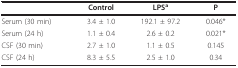
<table><thead><tr><td></td><td><b>Control</b></td><td><b>LPS<sup>a</sup></b></td><td><b>P</b></td></tr></thead><tbody><tr><td>Serum (30 min)</td><td>3.4 ± 1.0</td><td>192.1 ± 97.2</td><td>0.046*</td></tr><tr><td>Serum (24 h)</td><td>1.1 ± 0.4</td><td>2.6 ± 0.2</td><td>0.021*</td></tr><tr><td>CSF (30 min)</td><td>2.7 ± 1.0</td><td>1.1 ± 0.5</td><td>0.145</td></tr><tr><td>CSF (24 h)</td><td>8.3 ± 5.5</td><td>2.5 ± 1.0</td><td>0.34</td></tr></tbody></table>